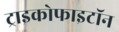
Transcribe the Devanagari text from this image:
ट्राइकोफाइटॉन